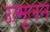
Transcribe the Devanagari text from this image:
उत्मूलन